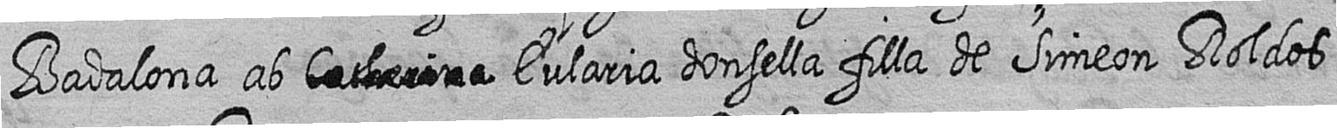
Badalona ab # Eularia donsella filla de Simeon Roldos